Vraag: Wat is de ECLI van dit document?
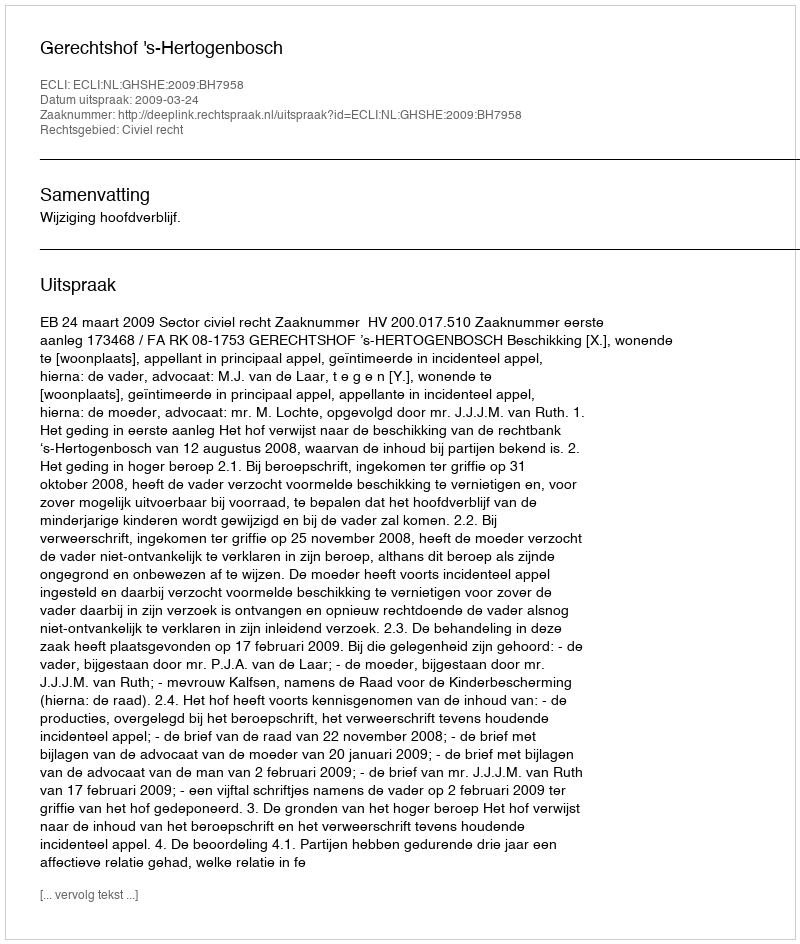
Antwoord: ECLI:NL:GHSHE:2009:BH7958